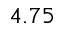
4 . 7 5